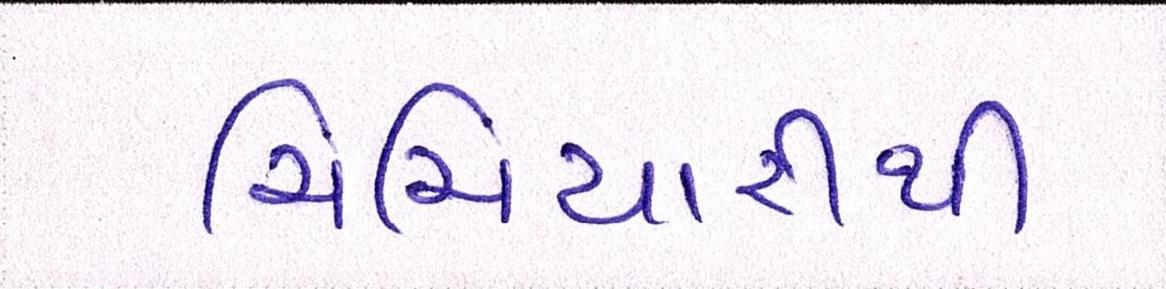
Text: ચિચિયારીથી